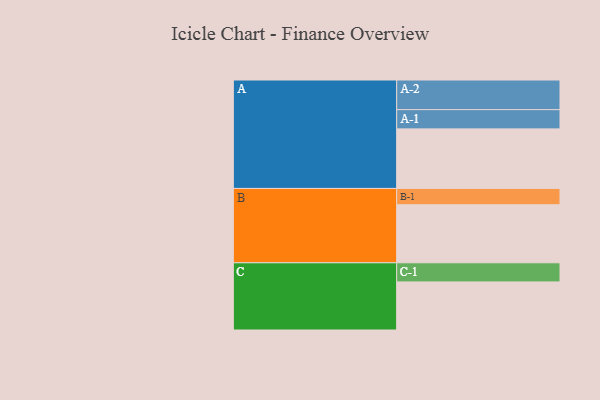
{"axis": {"x": "Segment", "y": "Value"}, "legend": ["", "A", "B", "C"], "data": [{"x": "A", "y": 585, "type": ""}, {"x": "B", "y": 570, "type": ""}, {"x": "C", "y": 472, "type": ""}, {"x": "A-1", "y": 189, "type": "A"}, {"x": "A-2", "y": 291, "type": "A"}, {"x": "B-1", "y": 160, "type": "B"}, {"x": "C-1", "y": 188, "type": "C"}]}